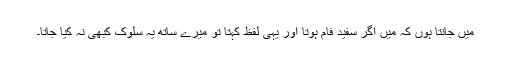
میں جانتا ہوں کہ میں اگر سفید فام ہوتا اور یہی لفظ کہتا تو میرے ساتھ یہ سلوک کبھی نہ کیا جاتا۔